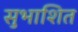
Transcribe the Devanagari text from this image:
सुभाशित